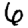
Digit: 6